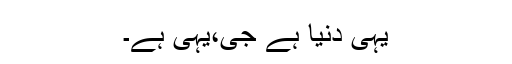
یہی دنیا ہے جی،یہی ہے۔